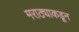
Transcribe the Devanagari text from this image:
मराठ्याकडून